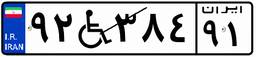
۹۲W۳۸۴۹۱